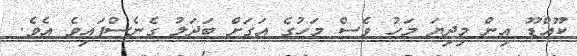
ކޫއްޑޫ އިން މިދިޔަ މަހު ވެސް މަހުގެ އަގަށް ބަދަލު ގެނެސްފައިވެ އެވެ.